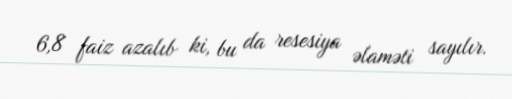
6,8 faiz azalıb ki, bu da resesiya əlaməti sayılır.